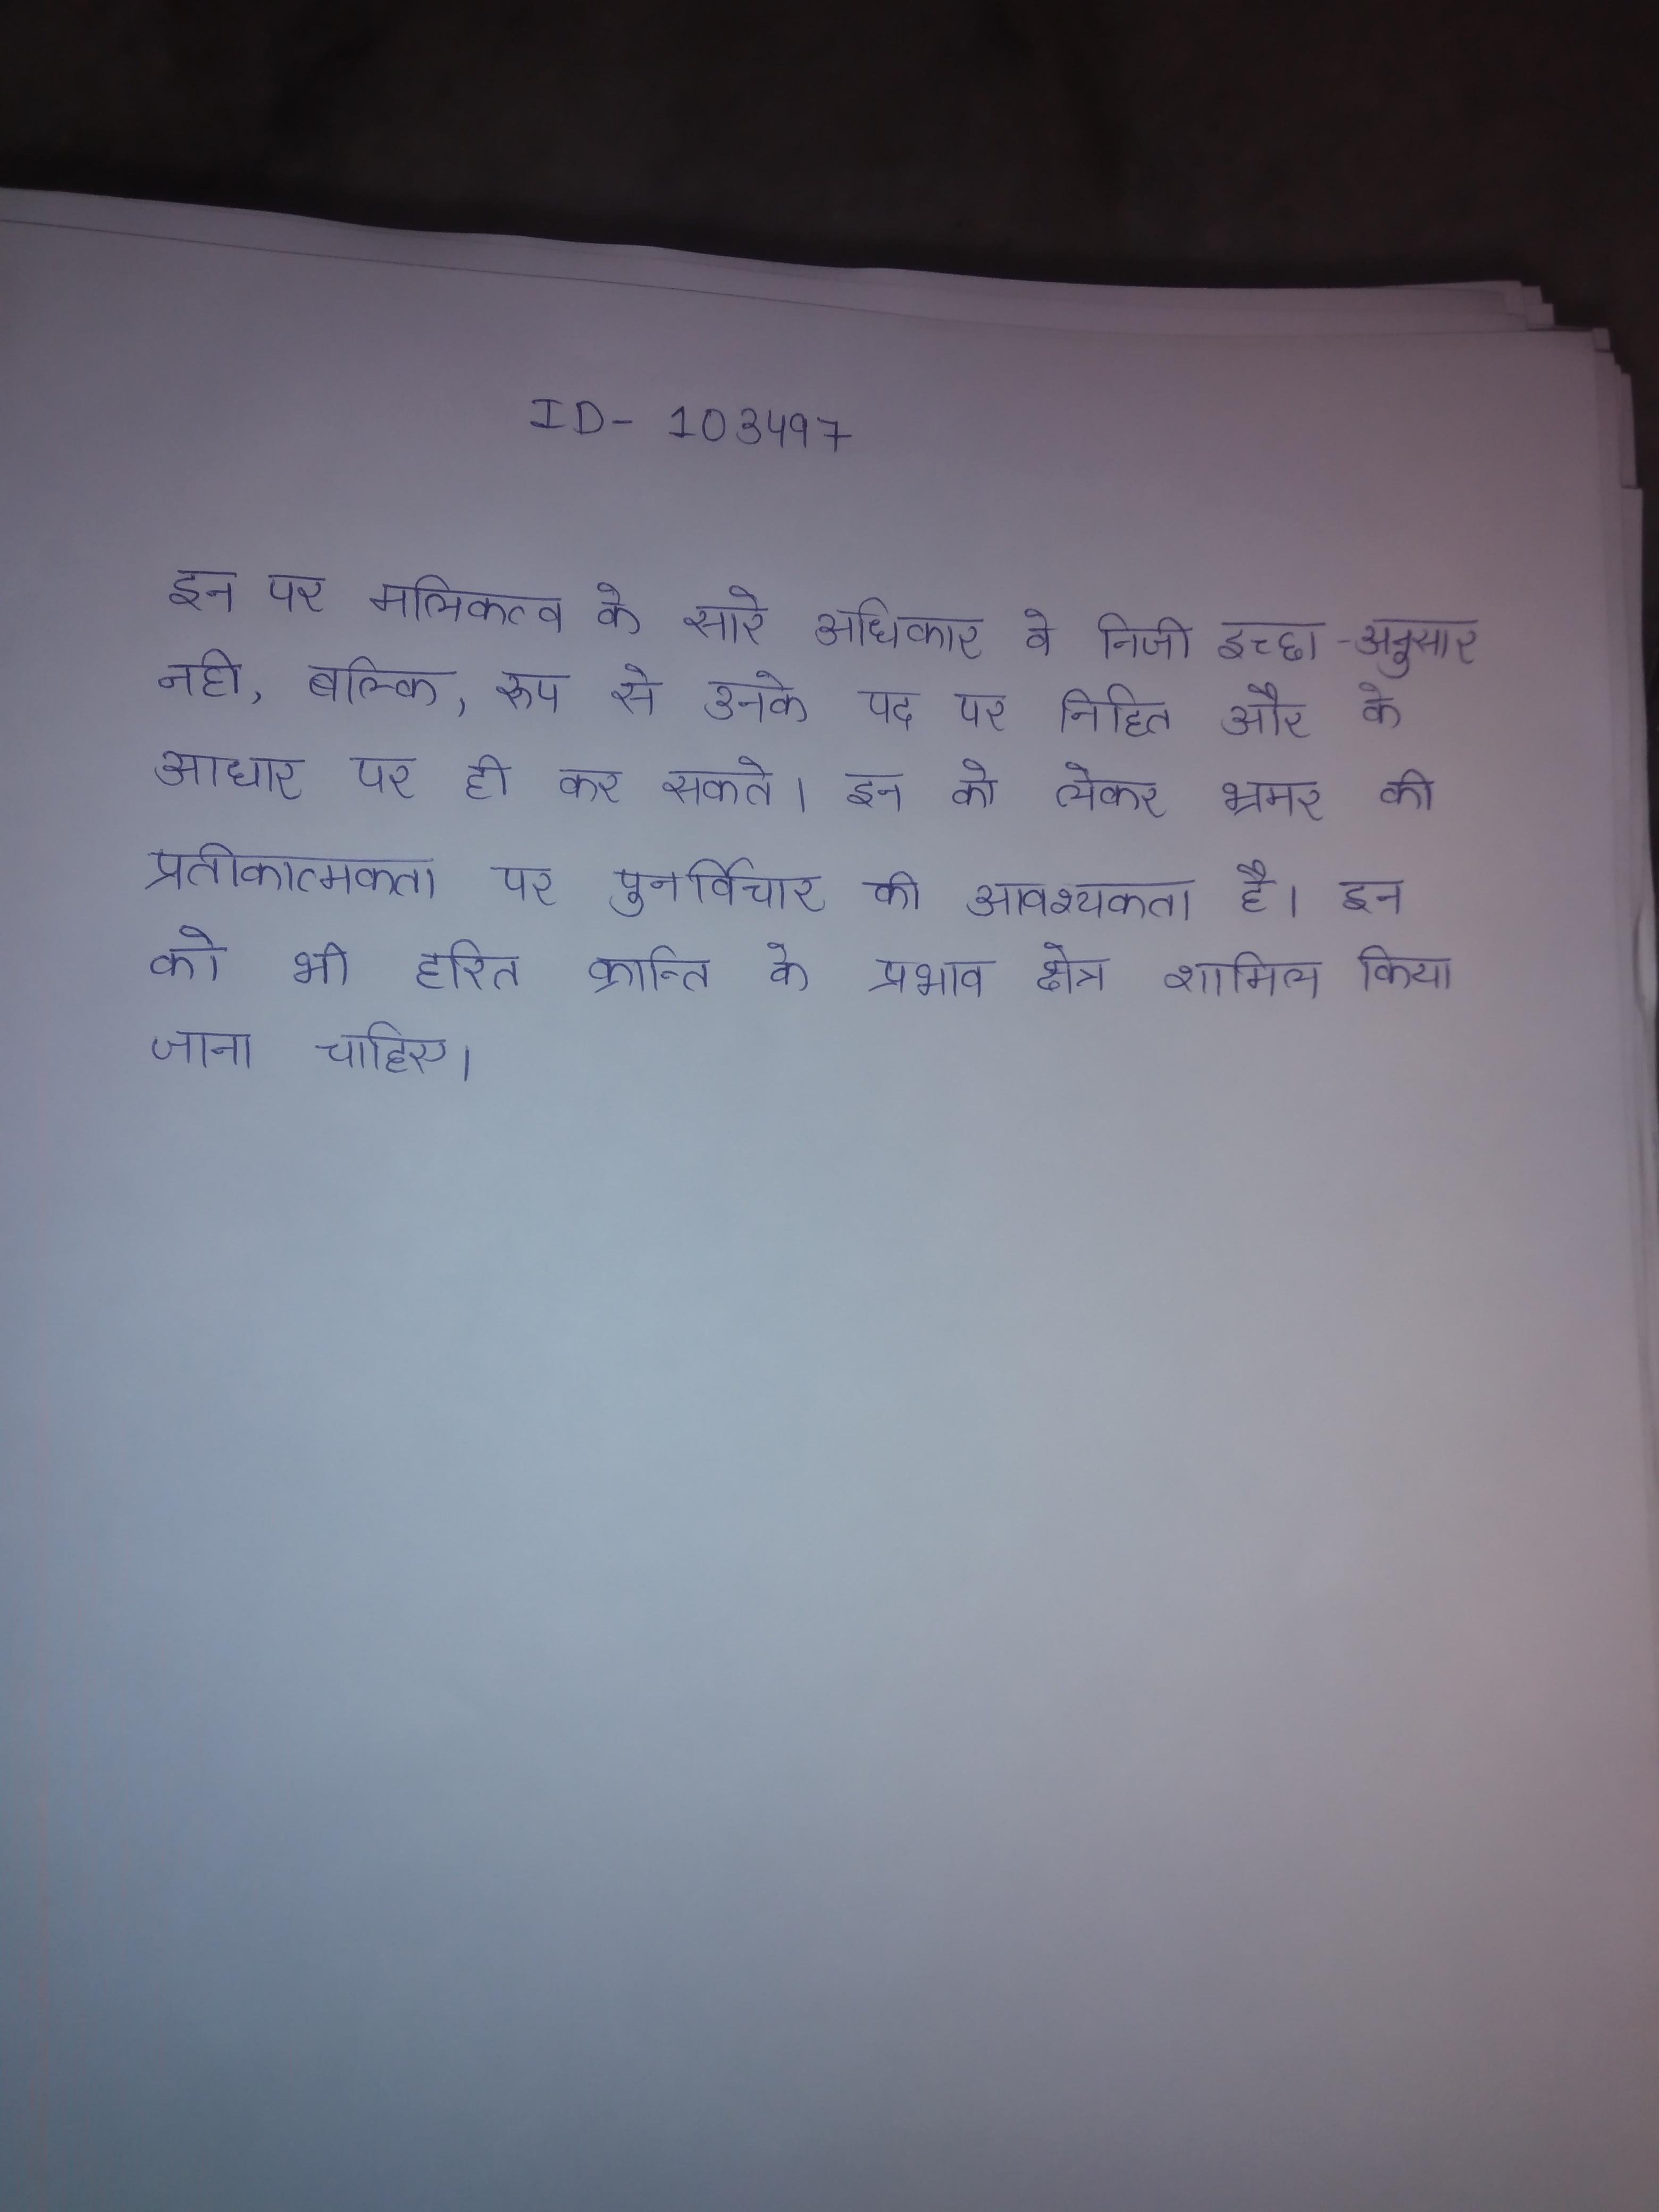
इन पर मलिकत्व के सारे अधिकार वे निजी इच्छा-अनुसार नही, बल्कि, रूप से उनके पद पर निहित और के आधार पर ही कर सकते । इन को लेकर भ्रमर की प्रतीकात्मकता पर पुनर्विचार की आवश्यकता है । इन को भी हरित क्रान्ति के प्रभाव क्षेत्र शामिल किया जाना चाहिए ।